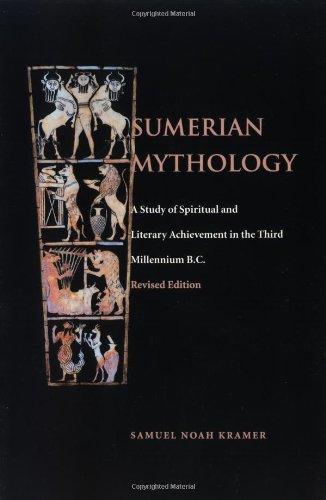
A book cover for Sumerian Mythology; Samuel Noah Kramer; Literature & Fiction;